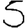
Digit: 5